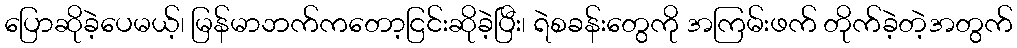
ပြောဆိုခဲ့ပေမယ့်၊ မြန်မာဘက်ကတော့ငြင်းဆိုခဲ့ပြီး၊ ရဲစခန်းတွေကို အကြမ်းဖက် တိုက်ခဲ့တဲ့အတွက်